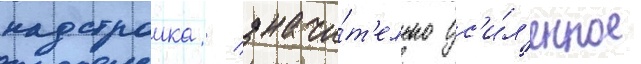
надстроика / значи́т'ельно ус'и́л'енное